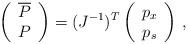
LaTeX: \begin{align*}\left(\begin{array}{c}\overline{P} \\P\end{array}\right)=(J^{-1})^{T}\left(\begin{array}{c}p_{x}\\p_{s}\end{array}\right)\,,\end{align*}